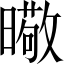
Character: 曔